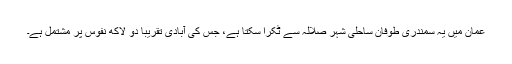
عمان میں یہ سمندری طوفان ساحلی شہر صلالہ سے ٹکرا سکتا ہے، جس کی آبادی تقریبا دو لاکھ نفوس پر مشتمل ہے۔